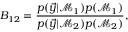
B _ { 1 2 } = \frac { p ( \vec { y } | \mathcal { M } _ { 1 } ) p ( \mathcal { M } _ { 1 } ) } { p ( \vec { y } | \mathcal { M } _ { 2 } ) p ( \mathcal { M } _ { 2 } ) } ,